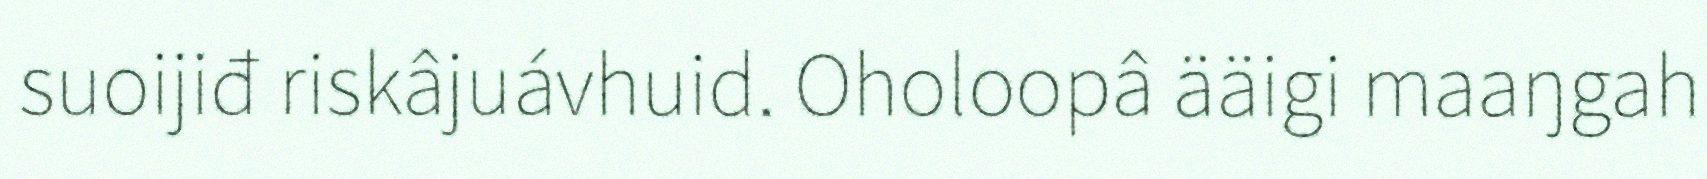
suoijiđ riskâjuávhuid. Oholoopâ ääigi maaŋgah